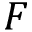
F